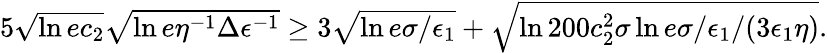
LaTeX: \begin{array}{r}{5\sqrt{\ln{ec_{2}}}\sqrt{\ln{e\eta^{-1}\Delta\epsilon^{-1}}}\ge 3\sqrt{\ln{e\sigma/\epsilon_{1}}}+\sqrt{\ln{200c_{2}^{2}\sigma\ln{e\sigma/\epsilon_{1}}/(3\epsilon_{1}\eta)}}.}\end{array}